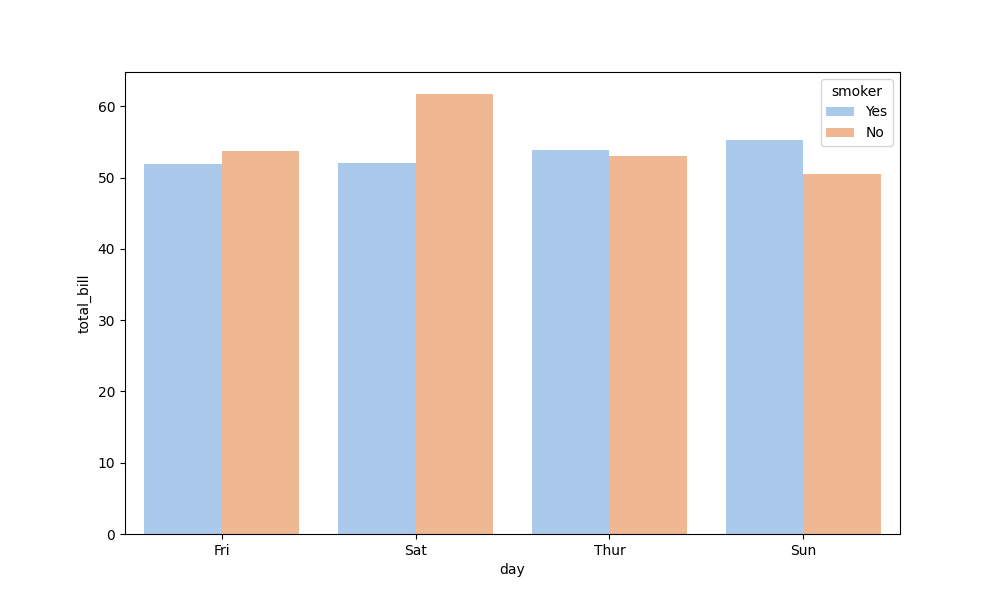
python, seaborn, barplot, hue='smoker', palette='pastel', ci=None, orient='v'